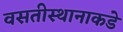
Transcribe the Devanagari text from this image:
वसतीस्थानाकडे